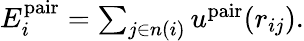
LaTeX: \begin{array}{r}{E_{i}^{\mathrm{pair}}=\sum_{j\in n(i)}u^{\mathrm{pair}}(r_{ij}).}\end{array}